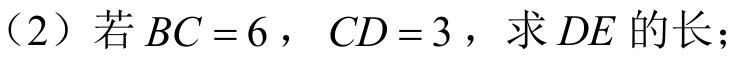
（2）若\(BC = 6\)，\(CD = 3\)，求\(DE\)的长；